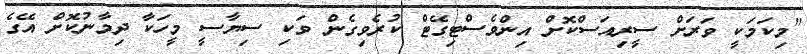
"މިކަމަކީ ވަރަށް ސީރިއަސްކޮށް އިންވެސްޓިގޭޓް ކުރެވިގެން ވަކި ސިޔާސީ މީހަކާ ދިމާނުކޮށް އޭގެ